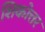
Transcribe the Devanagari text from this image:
शिकोत्तर